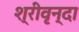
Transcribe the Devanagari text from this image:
श्रीवृन्दा